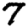
Digit: 7